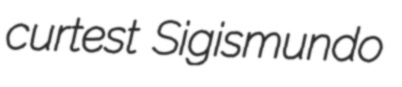
curtest Sigismundo